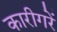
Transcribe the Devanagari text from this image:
कारीगरें